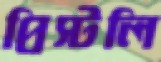
প্রিস্টলি